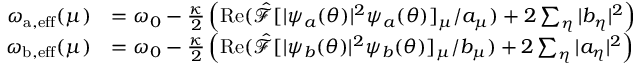
\begin{array} { r l } { \omega _ { \mathrm { a , e f f } } ( \mu ) } & { = \omega _ { 0 } - \frac { \kappa } { 2 } \left( \operatorname { R e } ( \hat { \mathcal { F } } [ | \psi _ { a } ( \theta ) | ^ { 2 } \psi _ { a } ( \theta ) ] _ { \mu } / a _ { \mu } ) + 2 \sum _ { \eta } | b _ { \eta } | ^ { 2 } \right) } \\ { \omega _ { \mathrm { b , e f f } } ( \mu ) } & { = \omega _ { 0 } - \frac { \kappa } { 2 } \left( \operatorname { R e } ( \hat { \mathcal { F } } [ | \psi _ { b } ( \theta ) | ^ { 2 } \psi _ { b } ( \theta ) ] _ { \mu } / b _ { \mu } ) + 2 \sum _ { \eta } | a _ { \eta } | ^ { 2 } \right) } \end{array}